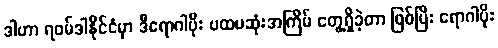
ဒါဟာ ရဝမ်ဒါနိုင်ငံမှာ ဒီရောဂါပိုး ပထမဆုံးအကြိမ် တွေ့ရှိခဲ့တာ ဖြစ်ပြီး ရောဂါပိုး